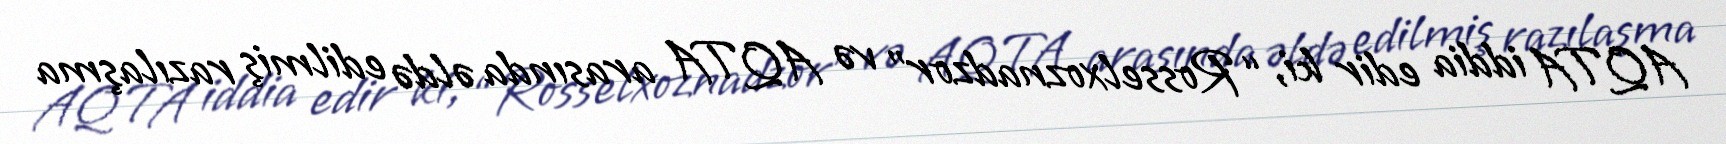
AQTA iddia edir ki, “Rosselxoznadzor” və AQTA arasında əldə edilmiş razılaşma